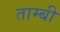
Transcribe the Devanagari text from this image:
ताम्बी